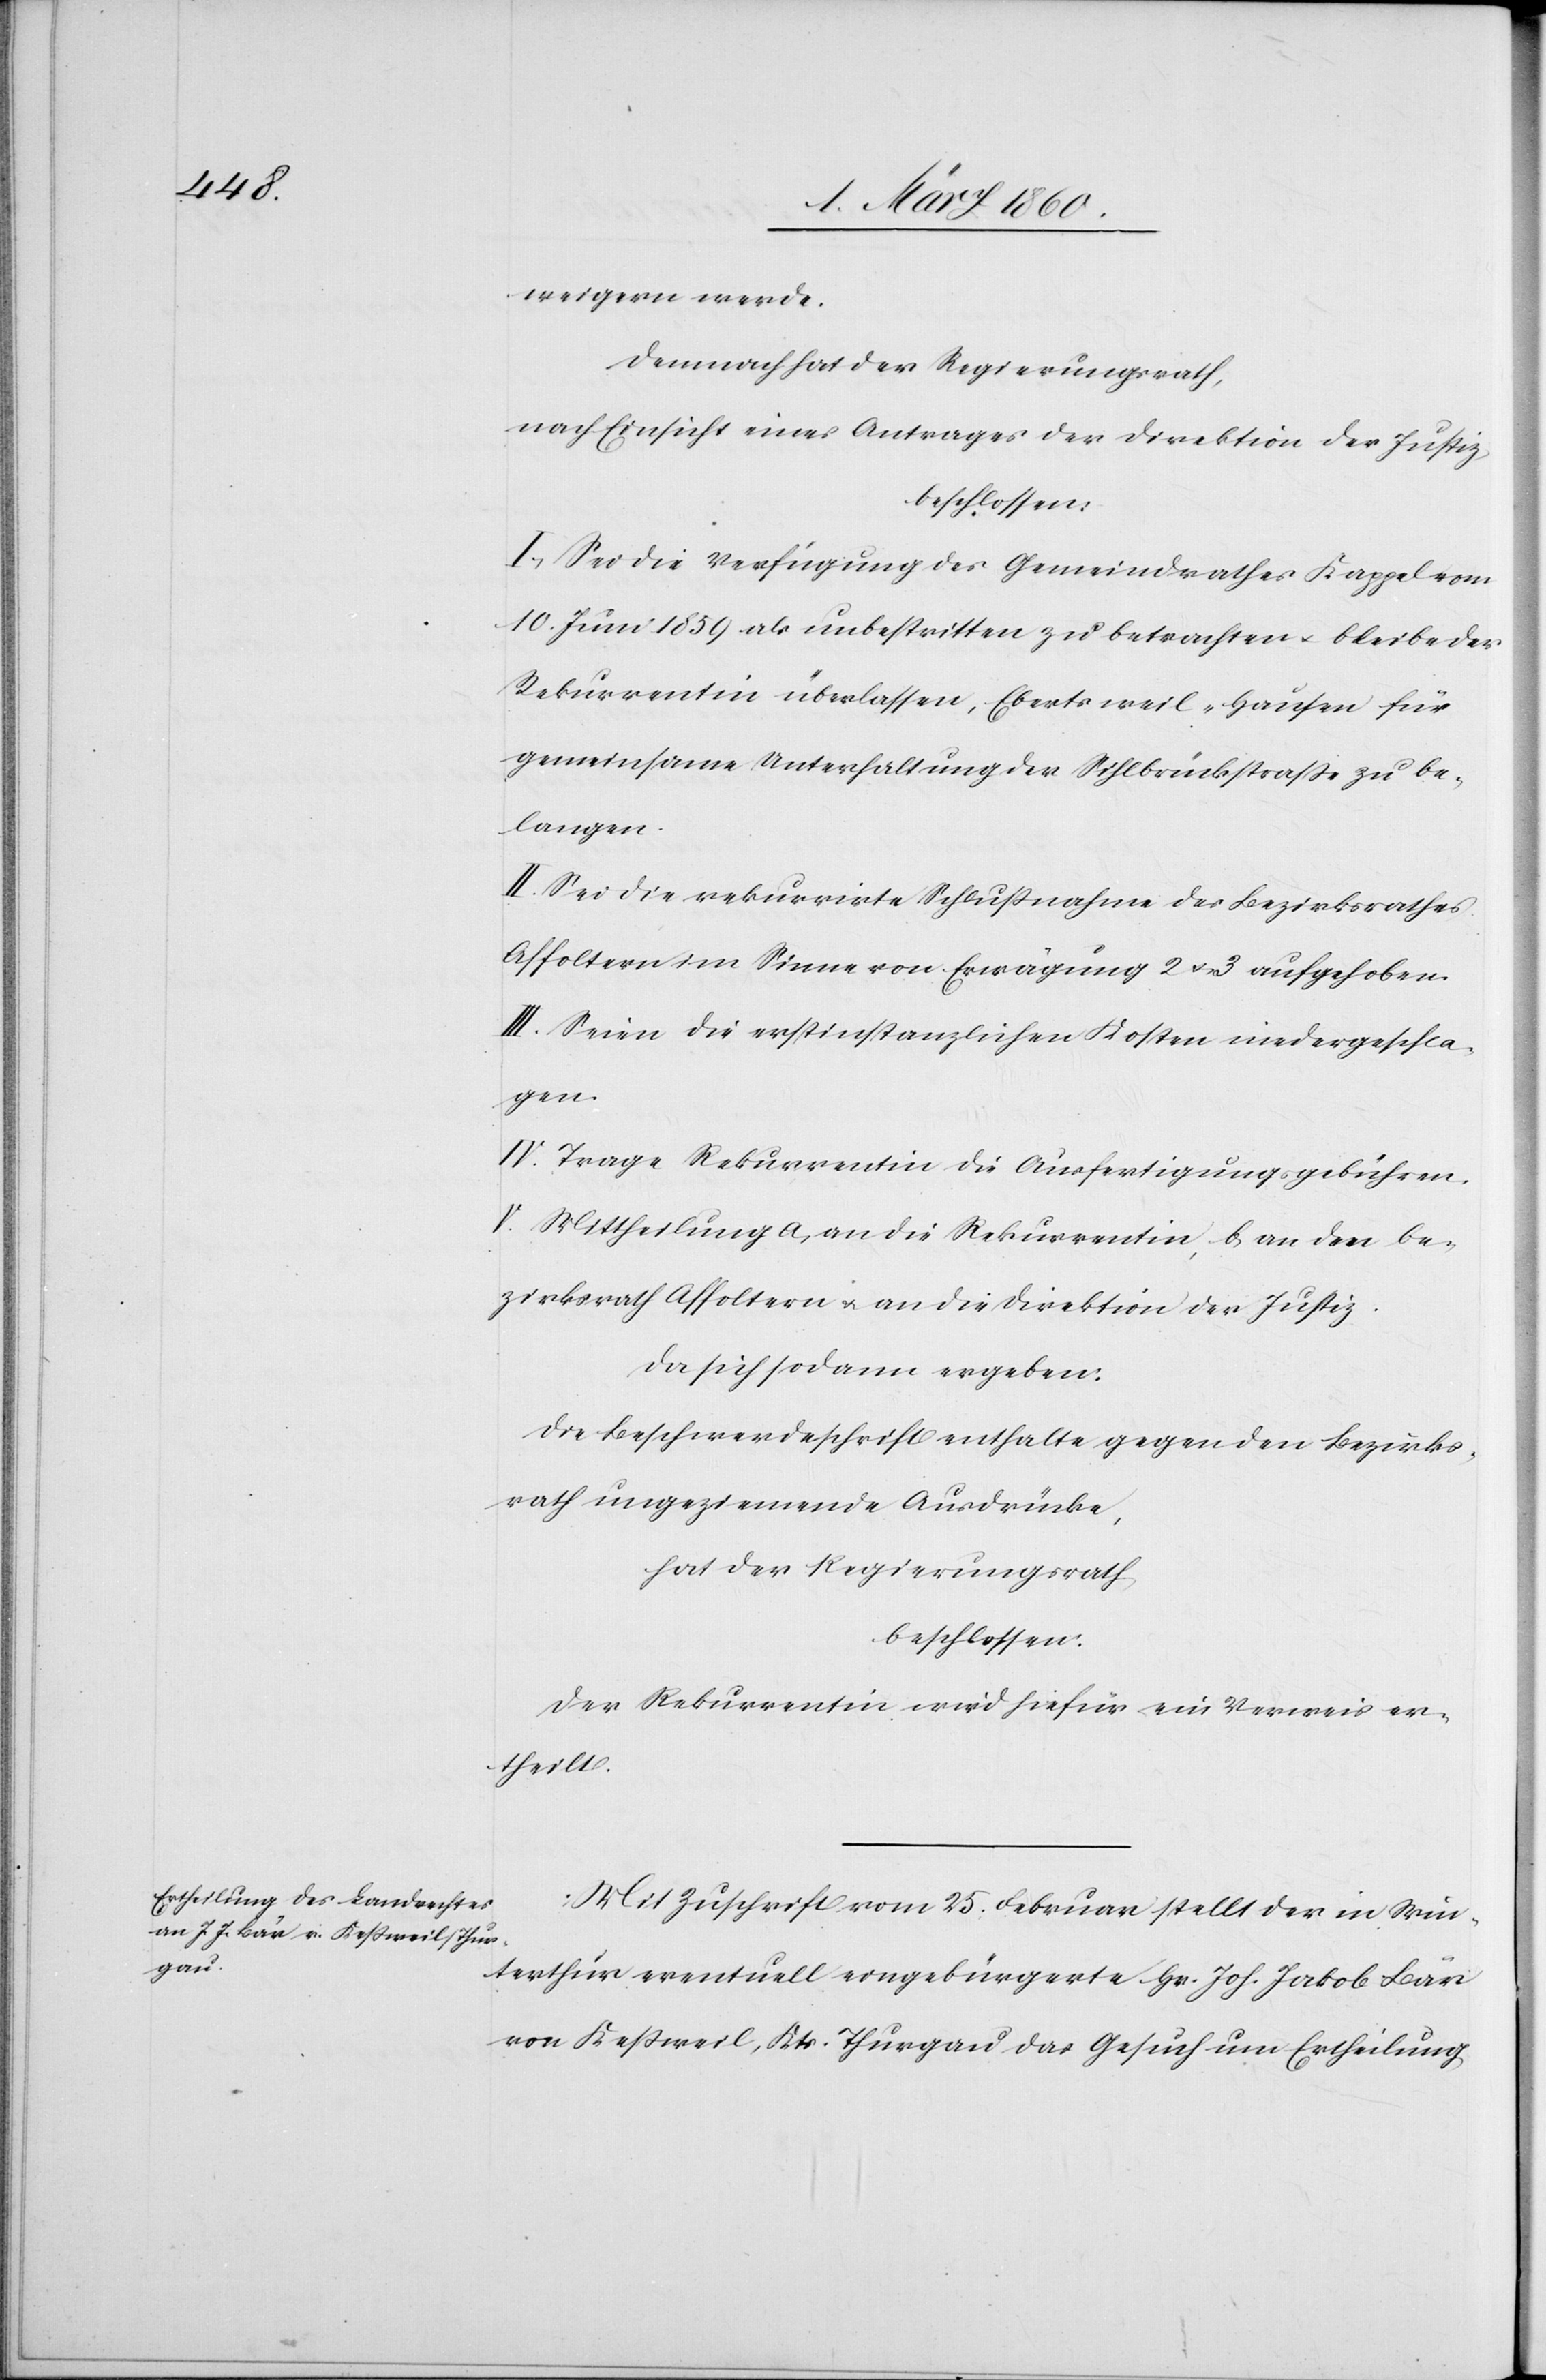
weigern werde.
Demnach hat der Regierungsrath,
nach Einsicht eines Antrages der Direktion der Justiz
beschlossen:
I. Sei die Verfügung des Gemeindrathes Kappel vom
10. Juni 1859 als unbestritten zu betrachten u. bleibe der
Rekurrentin überlassen, Ebertsweil-Hausen für
gemeinsame Unterhaltung der Sihlbrückstrasse zu be¬
langen.
II. Sei die rekurrirte Schlussnahme des Bezirksrathes
Affoltern im Sinne von Erwägung 2 u. 3 aufgehoben.
III. Seien die erstinstanzlichen Kosten niedergeschla¬
gen.
IV. Trage Rekurrentin die Ausfertigungsgebühren.
V. Mittheilung a. an die Rekurrentin, b. an den Be¬
zirksrath Affoltern u. an die Direktion der Justiz.
da sich sodann ergeben:
die Beschwerdeschrift enthalte gegen den Bezirks¬
rath ungeziemende Ausdrücke,
hat der Regierungsrath,
beschlossen:
Der Rekurrentin wird hiefür ein Verweis er¬
theilt.
Mit Zuschrift vom 25. Februar stellt der in Win¬
terthur eventuell eingebürgerte Hr. Joh. Jakob Bär
von Kessweil, Kts. Thurgau das Gesuch um Ertheilung